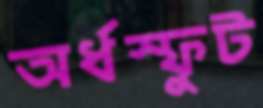
অর্ধস্ফুট